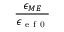
\frac { \epsilon _ { M E } } { \epsilon _ { \mathrm { ~ e ~ f ~ 0 ~ } } }